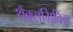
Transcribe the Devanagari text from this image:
थैंक्‍सगिविंग